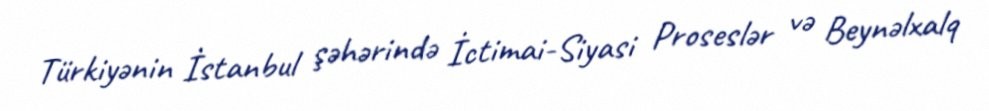
Türkiyənin İstanbul şəhərində İctimai-Siyasi Proseslər və Beynəlxalq